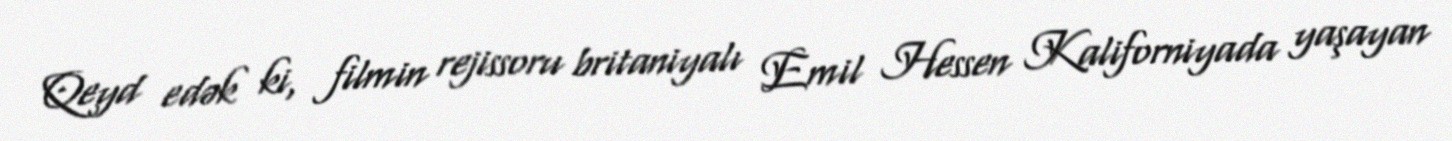
Qeyd edək ki, filmin rejissoru britaniyalı Emil Hessen Kaliforniyada yaşayan